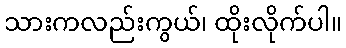
သားကလည်းကွယ်၊ ထိုးလိုက်ပါ။